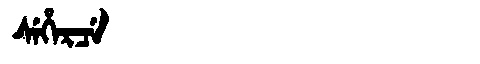
Manchu: ᠰᡝᡥᡝᡵᠴᡝ
Romanization: SEHERCE